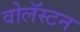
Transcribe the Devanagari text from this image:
वोलॅस्टन